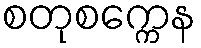
စတုစက္ကေန